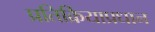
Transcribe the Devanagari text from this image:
प्रतिक्रियाप्रधान